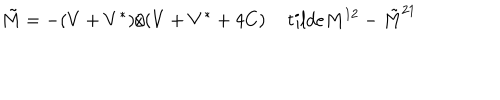
\tilde { M } = - ( V + V ^ { * } ) / ( V + V ^ { * } + 4 C ) \, t i l d e { M } ^ { 1 2 } - \tilde { M } ^ { 2 1 }